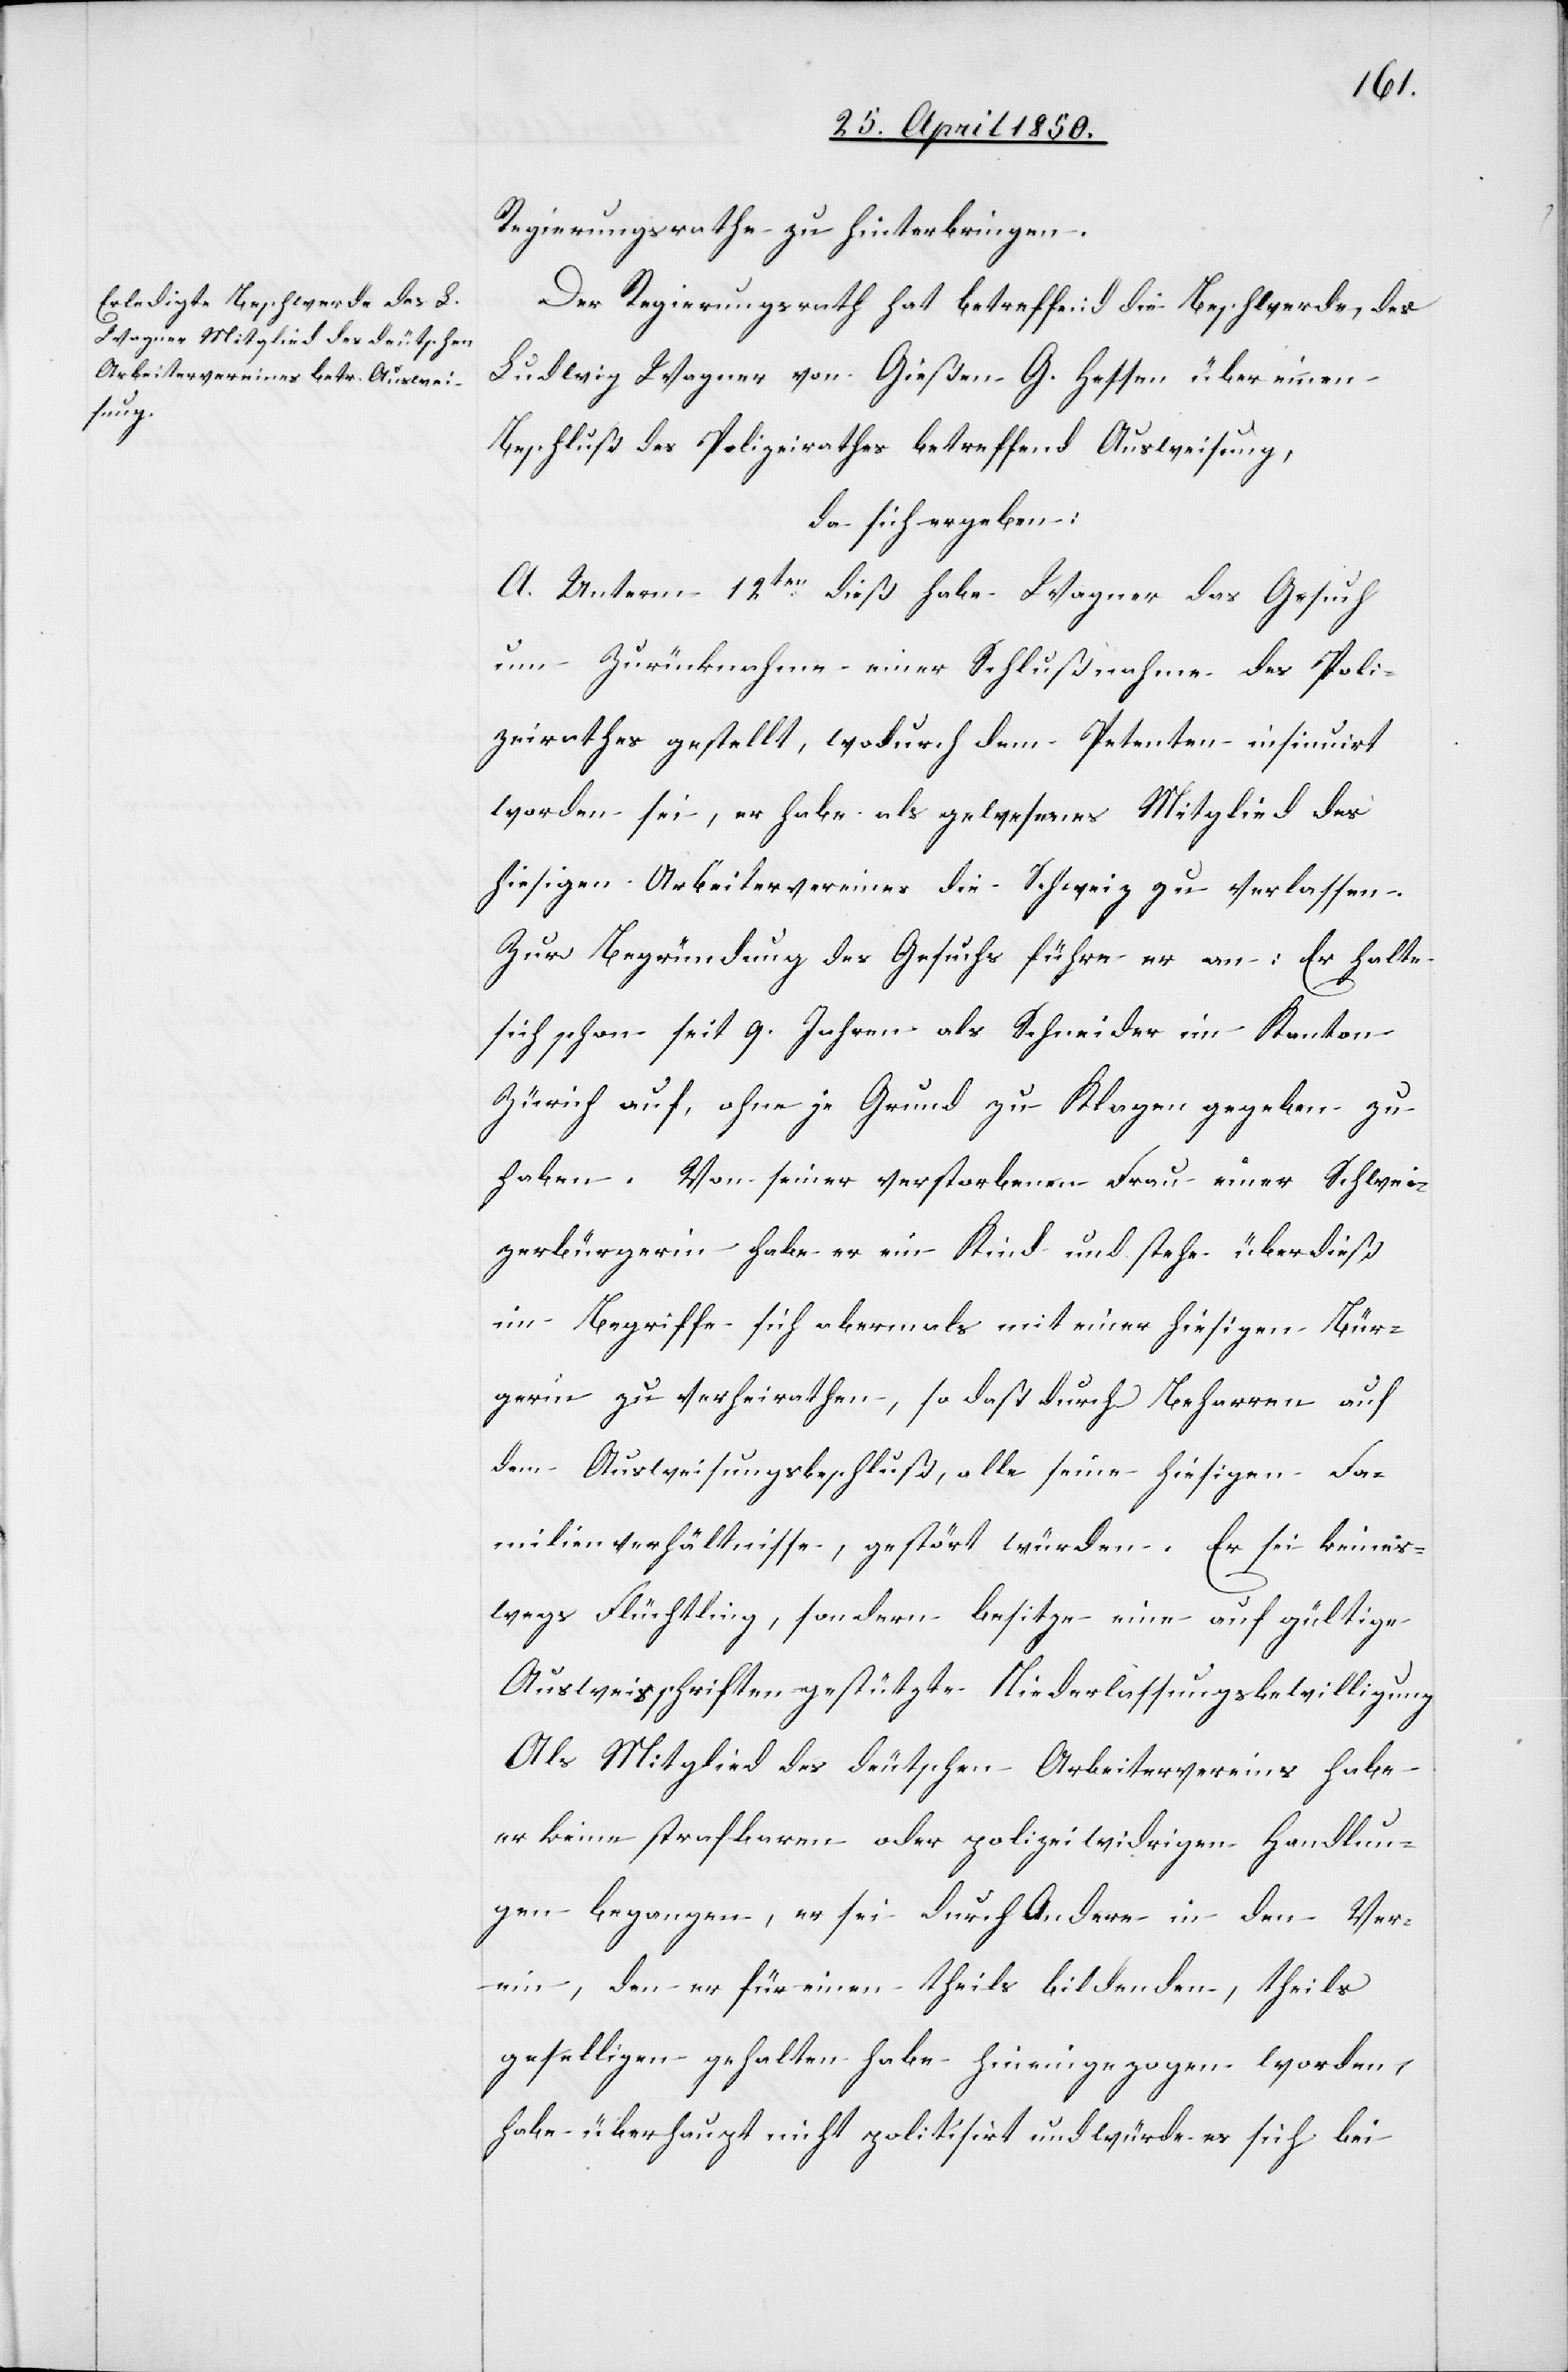
Regierungsrathe zu hinterbringen.
Der Regierungsrath hat betreffend die Beschwerde, des
Ludwig Wagner von Gießen G Hessen über einen
Beschluß des Polizeirathes betreffend Ausweisung,
da sich ergeben:
A. Unterm 12ten dieß habe Wagner das Gesuch
um Zurücknahme einer Schlußnahme des Poli¬
zeirathes gestellt, wodurch dem Petenten insinuirt
worden sei, er habe als gewesenes Mitglied des
hiesigen Arbeitervereines die Schweiz zu verlassen.
Zur Begründung des Gesuchs führe er an: Er halte
sich schon seit 9. Jahren als Schneider im Kanton
Zürich auf, ohne je Grund zu Klagen gegeben zu
haben. Von seiner verstorbenen Frau einer Schwei¬
zerbürgerin habe er ein Kind und stehe überdieß
im Begriffe sich abermals mit einer hiesigen Bür¬
gerin zu verheirathen, so daß durch Beharren auf
dem Ausweisungsbeschluß, alle seine hiesigen Fa¬
milienverhältnisse, gestört würden. Er sei keines¬
wegs Flüchtling, sondern besitze eine auf gültige
Ausweisschriften gestützte Niederlassungsbewilligung[.]
Als Mitglied des deutschen Arbeitervereins habe
er keine strafbaren oder polizeiwidrigen Handlun¬
gen begangen, er sei durch Andere in den Ver¬
ein, den er für einen theils bildenden, theils
geselligen gehalten habe hineingezogen worden,
habe überhaupt nicht politisirt und würde es sich bei